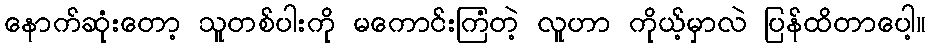
နောက်ဆုံးတော့ သူတစ်ပါးကို မကောင်းကြံတဲ့ လူဟာ ကိုယ့်မှာလဲ ပြန်ထိတာပေါ့။